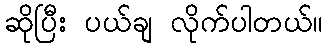
ဆိုပြီး ပယ်ချ လိုက်ပါတယ်။